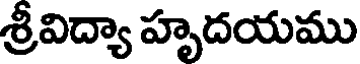
శ్రీవిద్యా హృదయము